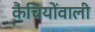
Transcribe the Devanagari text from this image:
कैंचियोंवाली